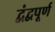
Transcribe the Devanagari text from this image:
द्वंद्वपूर्ण